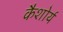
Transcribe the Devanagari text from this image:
कैशोर्य